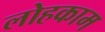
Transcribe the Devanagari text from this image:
लोहकाम